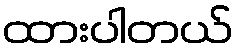
ထားပါတယ်